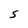
Character: S